Vaccination report Assam 1874-1896 - 1874-1896
Year: 1874
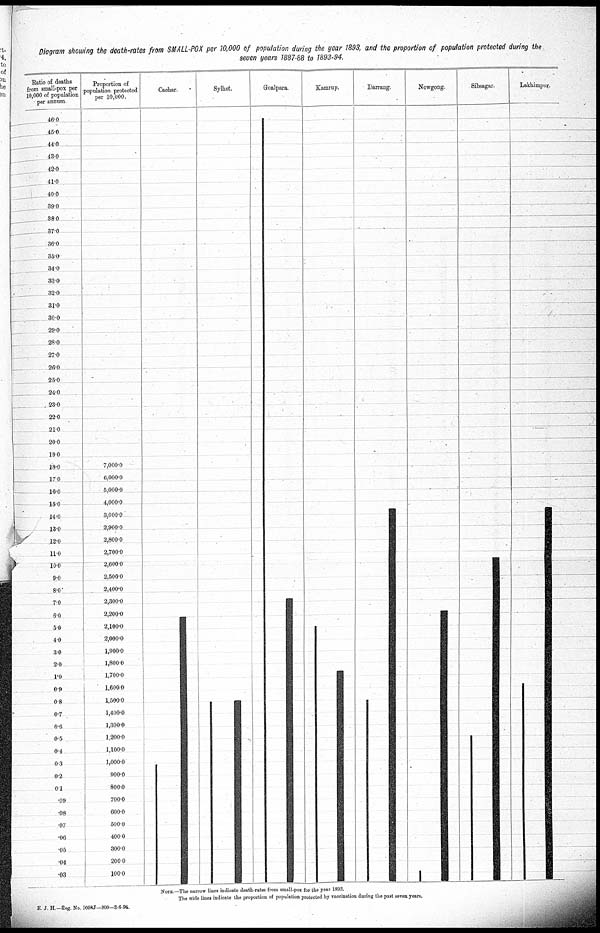
Diagram showing the death-rates from SMALL-POX per 10,000 of population during the year 1893, and the proportion of population protected during the
seven years 1887-88 to 1893-94.
NOTE.—The narrow lines indicate death-rates from small-pox for the year 1893.
The wide lines indicate the proportion of population protected by vaccination during the past seven years.
E. J. H.—Reg. No. 1098J-200-2-6-94.